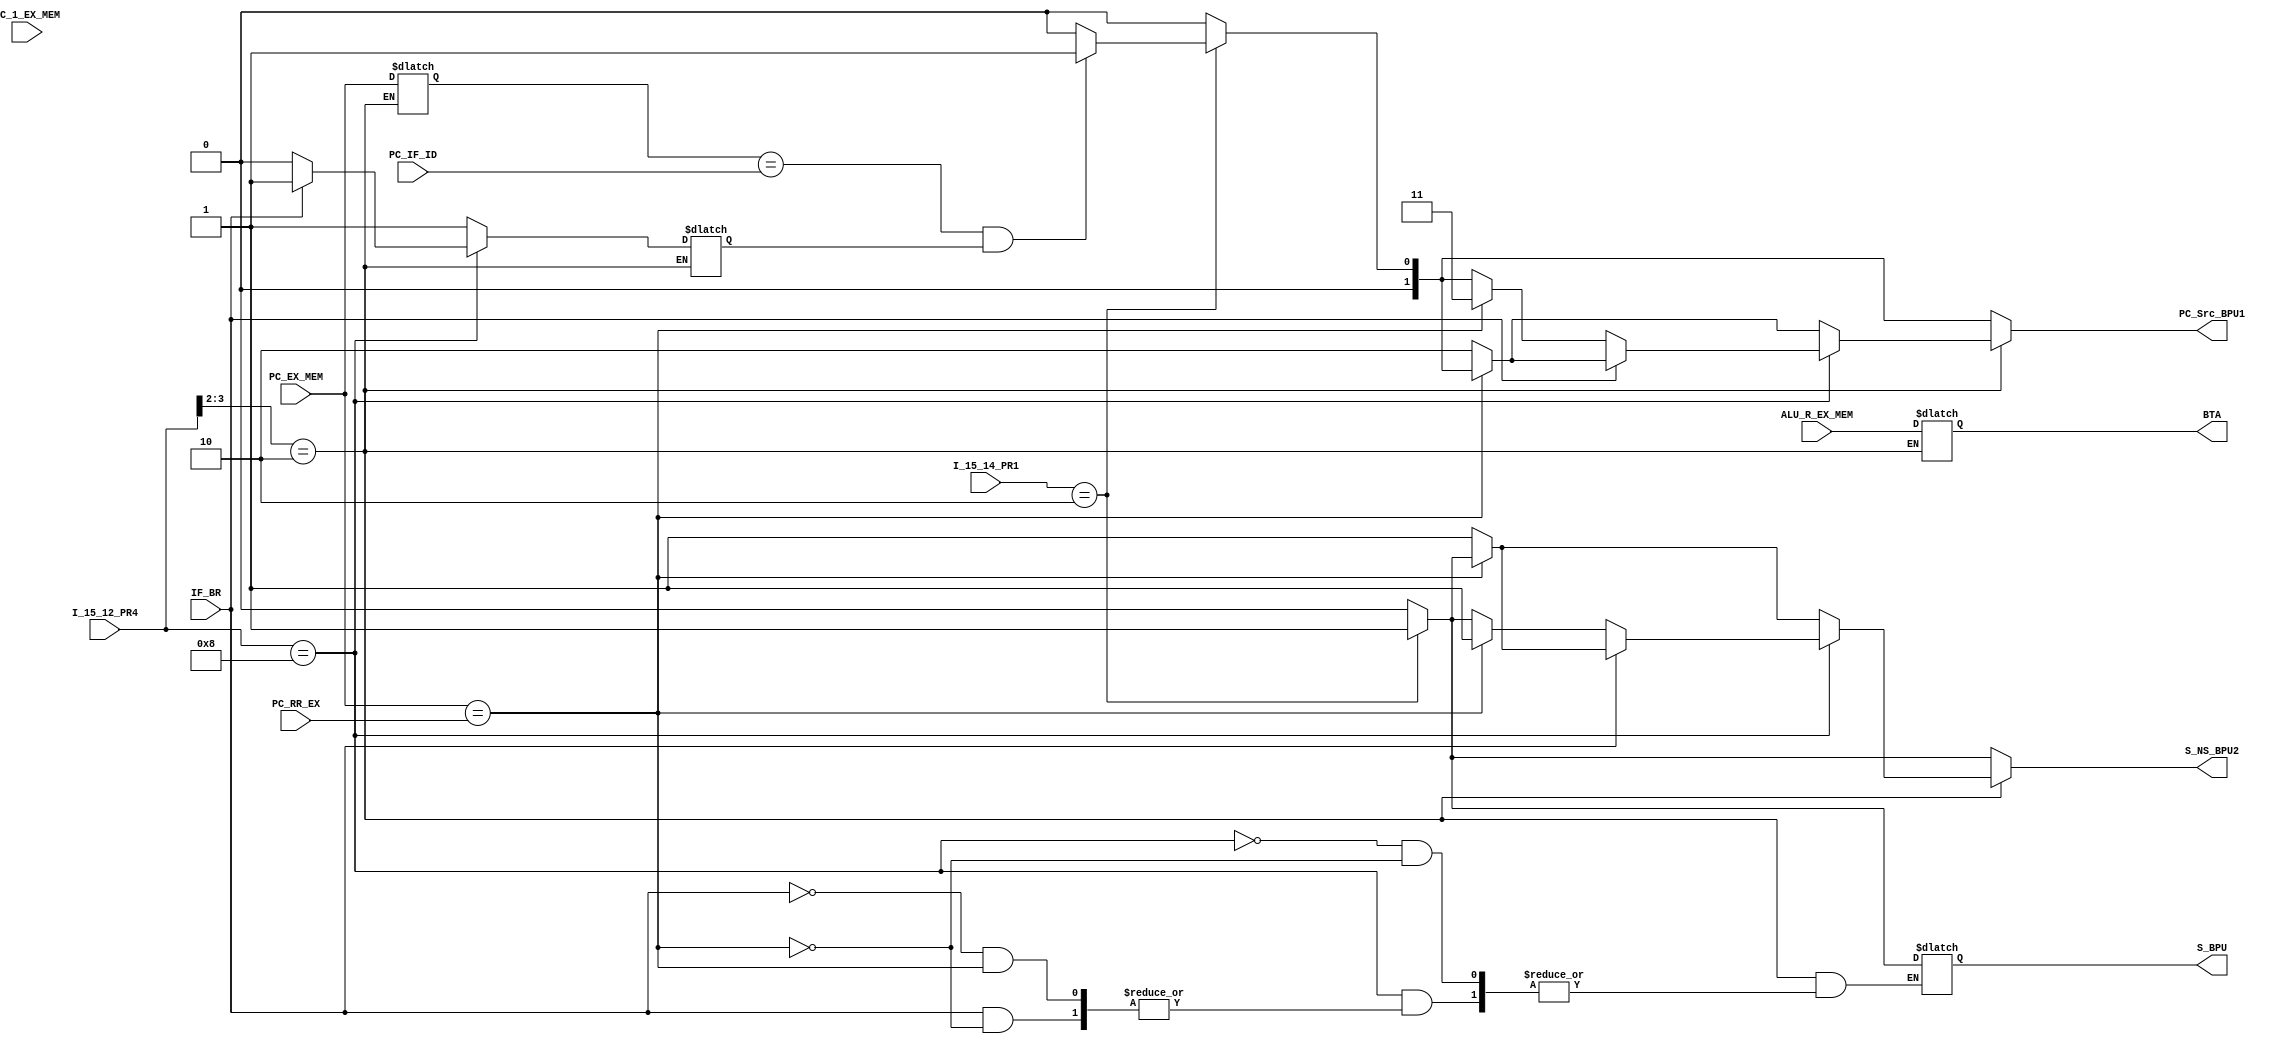
module Branch_Prediction_Unit (I_15_14_PR1, 
									    I_15_12_PR4,
										 IF_BR,
										 PC_IF_ID, PC_EX_MEM, PC_1_EX_MEM, PC_RR_EX, ALU_R_EX_MEM,
									  
										 PC_Src_BPU1, S_BPU, S_NS_BPU2, BTA);

//-------------------------------------------------- I/O Ports
									  
input  [1:0]  I_15_14_PR1;
input  [3:0]  I_15_12_PR4;
input         IF_BR;
input  [15:0] PC_IF_ID, PC_EX_MEM, PC_1_EX_MEM, PC_RR_EX, ALU_R_EX_MEM;

output reg [1:0]  PC_Src_BPU1;
output reg        S_BPU, S_NS_BPU2; 
output reg [15:0] BTA;

//-------------------------------------------------- Variables

reg [15:0] BIA;
reg        HB;

//-------------------------------------------------- Combinational Logic

always @(*)
begin

	if (I_15_12_PR4[3:2] == 2'b10)
		begin
			if (I_15_12_PR4 == 4'b1000)
				begin
					if (IF_BR == 1'b1)
						begin
							if (PC_EX_MEM == PC_RR_EX)
								begin
									BIA <= PC_EX_MEM;
									BTA <= ALU_R_EX_MEM;
									HB  <= 1'b1;

									if (I_15_14_PR1 == 2'b10)
										begin
											if ((BIA == PC_IF_ID)&&(HB == 1'b1))
												begin
													PC_Src_BPU1 <= 2'b01;
													S_BPU <= 1'b1;
													S_NS_BPU2 <= 1'b1;
												end
											else
												begin
													PC_Src_BPU1 <= 2'b00;
													S_BPU <= 1'b1;
													S_NS_BPU2 <= 1'b1;
												end
										end
									else 
										begin
											PC_Src_BPU1 <= 2'b00;
											S_BPU <= 1'b0;
											S_NS_BPU2 <= 1'b0;
										end
								end
							else
								begin
									PC_Src_BPU1 <= 2'b10;
									S_NS_BPU2 <= 1'b1;
									BIA <= PC_EX_MEM;
									BTA <= ALU_R_EX_MEM;
									HB  <= 1'b1;
								end
						end
					else
						begin
							if (PC_EX_MEM == PC_RR_EX)
								begin
									PC_Src_BPU1 <= 2'b11;
									S_NS_BPU2 <= 1'b1;
									BIA <= PC_EX_MEM;
									BTA <= ALU_R_EX_MEM;
									HB  <= 1'b0;
								end
							else
								begin
									BIA <= PC_EX_MEM;
									BTA <= ALU_R_EX_MEM;
									HB  <= 1'b0;
									
									if (I_15_14_PR1 == 2'b10)
										begin
											if ((BIA == PC_IF_ID)&&(HB == 1'b1))
												begin
													PC_Src_BPU1 <= 2'b01;
													S_BPU <= 1'b1;
													S_NS_BPU2 <= 1'b1;
												end
											else
												begin
													PC_Src_BPU1 <= 2'b00;
													S_BPU <= 1'b1;
													S_NS_BPU2 <= 1'b1;
												end
										end
									else 
										begin
											PC_Src_BPU1 <= 2'b00;
											S_BPU <= 1'b0;
											S_NS_BPU2 <= 1'b0;
										end
								end
						end
				end
			else
				begin
					if (PC_EX_MEM == PC_RR_EX)
						begin
							BIA <= PC_EX_MEM;
							BTA <= ALU_R_EX_MEM;
							HB  <= 1'b1;
							
							if (I_15_14_PR1 == 2'b10)
								begin
									if ((BIA == PC_IF_ID)&&(HB == 1'b1))
										begin
											PC_Src_BPU1 <= 2'b01;
											S_BPU <= 1'b1;
											S_NS_BPU2 <= 1'b1;
										end
									else
										begin
											PC_Src_BPU1 <= 2'b00;
											S_BPU <= 1'b1;
											S_NS_BPU2 <= 1'b1;
										end
								end
							else 
								begin
									PC_Src_BPU1 <= 2'b00;
									S_BPU <= 1'b0;
									S_NS_BPU2 <= 1'b0;
								end
						end
					else
						begin
							PC_Src_BPU1 <= 2'b10;
							S_NS_BPU2 <= 1'b1;
							BIA <= PC_EX_MEM;
							BTA <= ALU_R_EX_MEM;
							HB  <= 1'b1;
						end
				end
		end
	else if (I_15_14_PR1 == 2'b10)
		begin
			if ((BIA == PC_IF_ID)&&(HB == 1'b1))
				begin
					PC_Src_BPU1 <= 2'b01;
					S_BPU <= 1'b1;
					S_NS_BPU2 <= 1'b1;
				end
			else
				begin
					PC_Src_BPU1 = 2'b00;
					S_BPU = 1'b1;
					S_NS_BPU2 = 1'b1;
				end
		end
	else 
		begin
			PC_Src_BPU1 = 2'b00;
			S_BPU = 1'b0;
			S_NS_BPU2 = 1'b0;
		end
end

endmodule